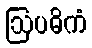
ဩပဓိကံ